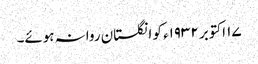
١۷ اکتوبر ١٩٣٢ء کو انگلستان روانہ ہوئے۔